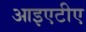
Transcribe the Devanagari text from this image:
आइएटीए